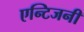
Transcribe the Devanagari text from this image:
एन्टिजनी